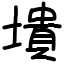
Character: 墤